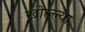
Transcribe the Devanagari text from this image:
खोल्ल्या